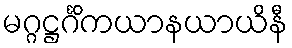
မဂ္ဂဋ္ဌင်္ဂိကယာနယာယိနီ